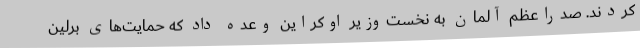
کردند. صدراعظم آلمان به نخست‌وزیر اوکراین وعده داد که حمایت‌های برلین